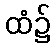
ထံ၌